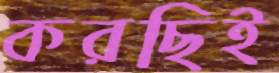
করছিই